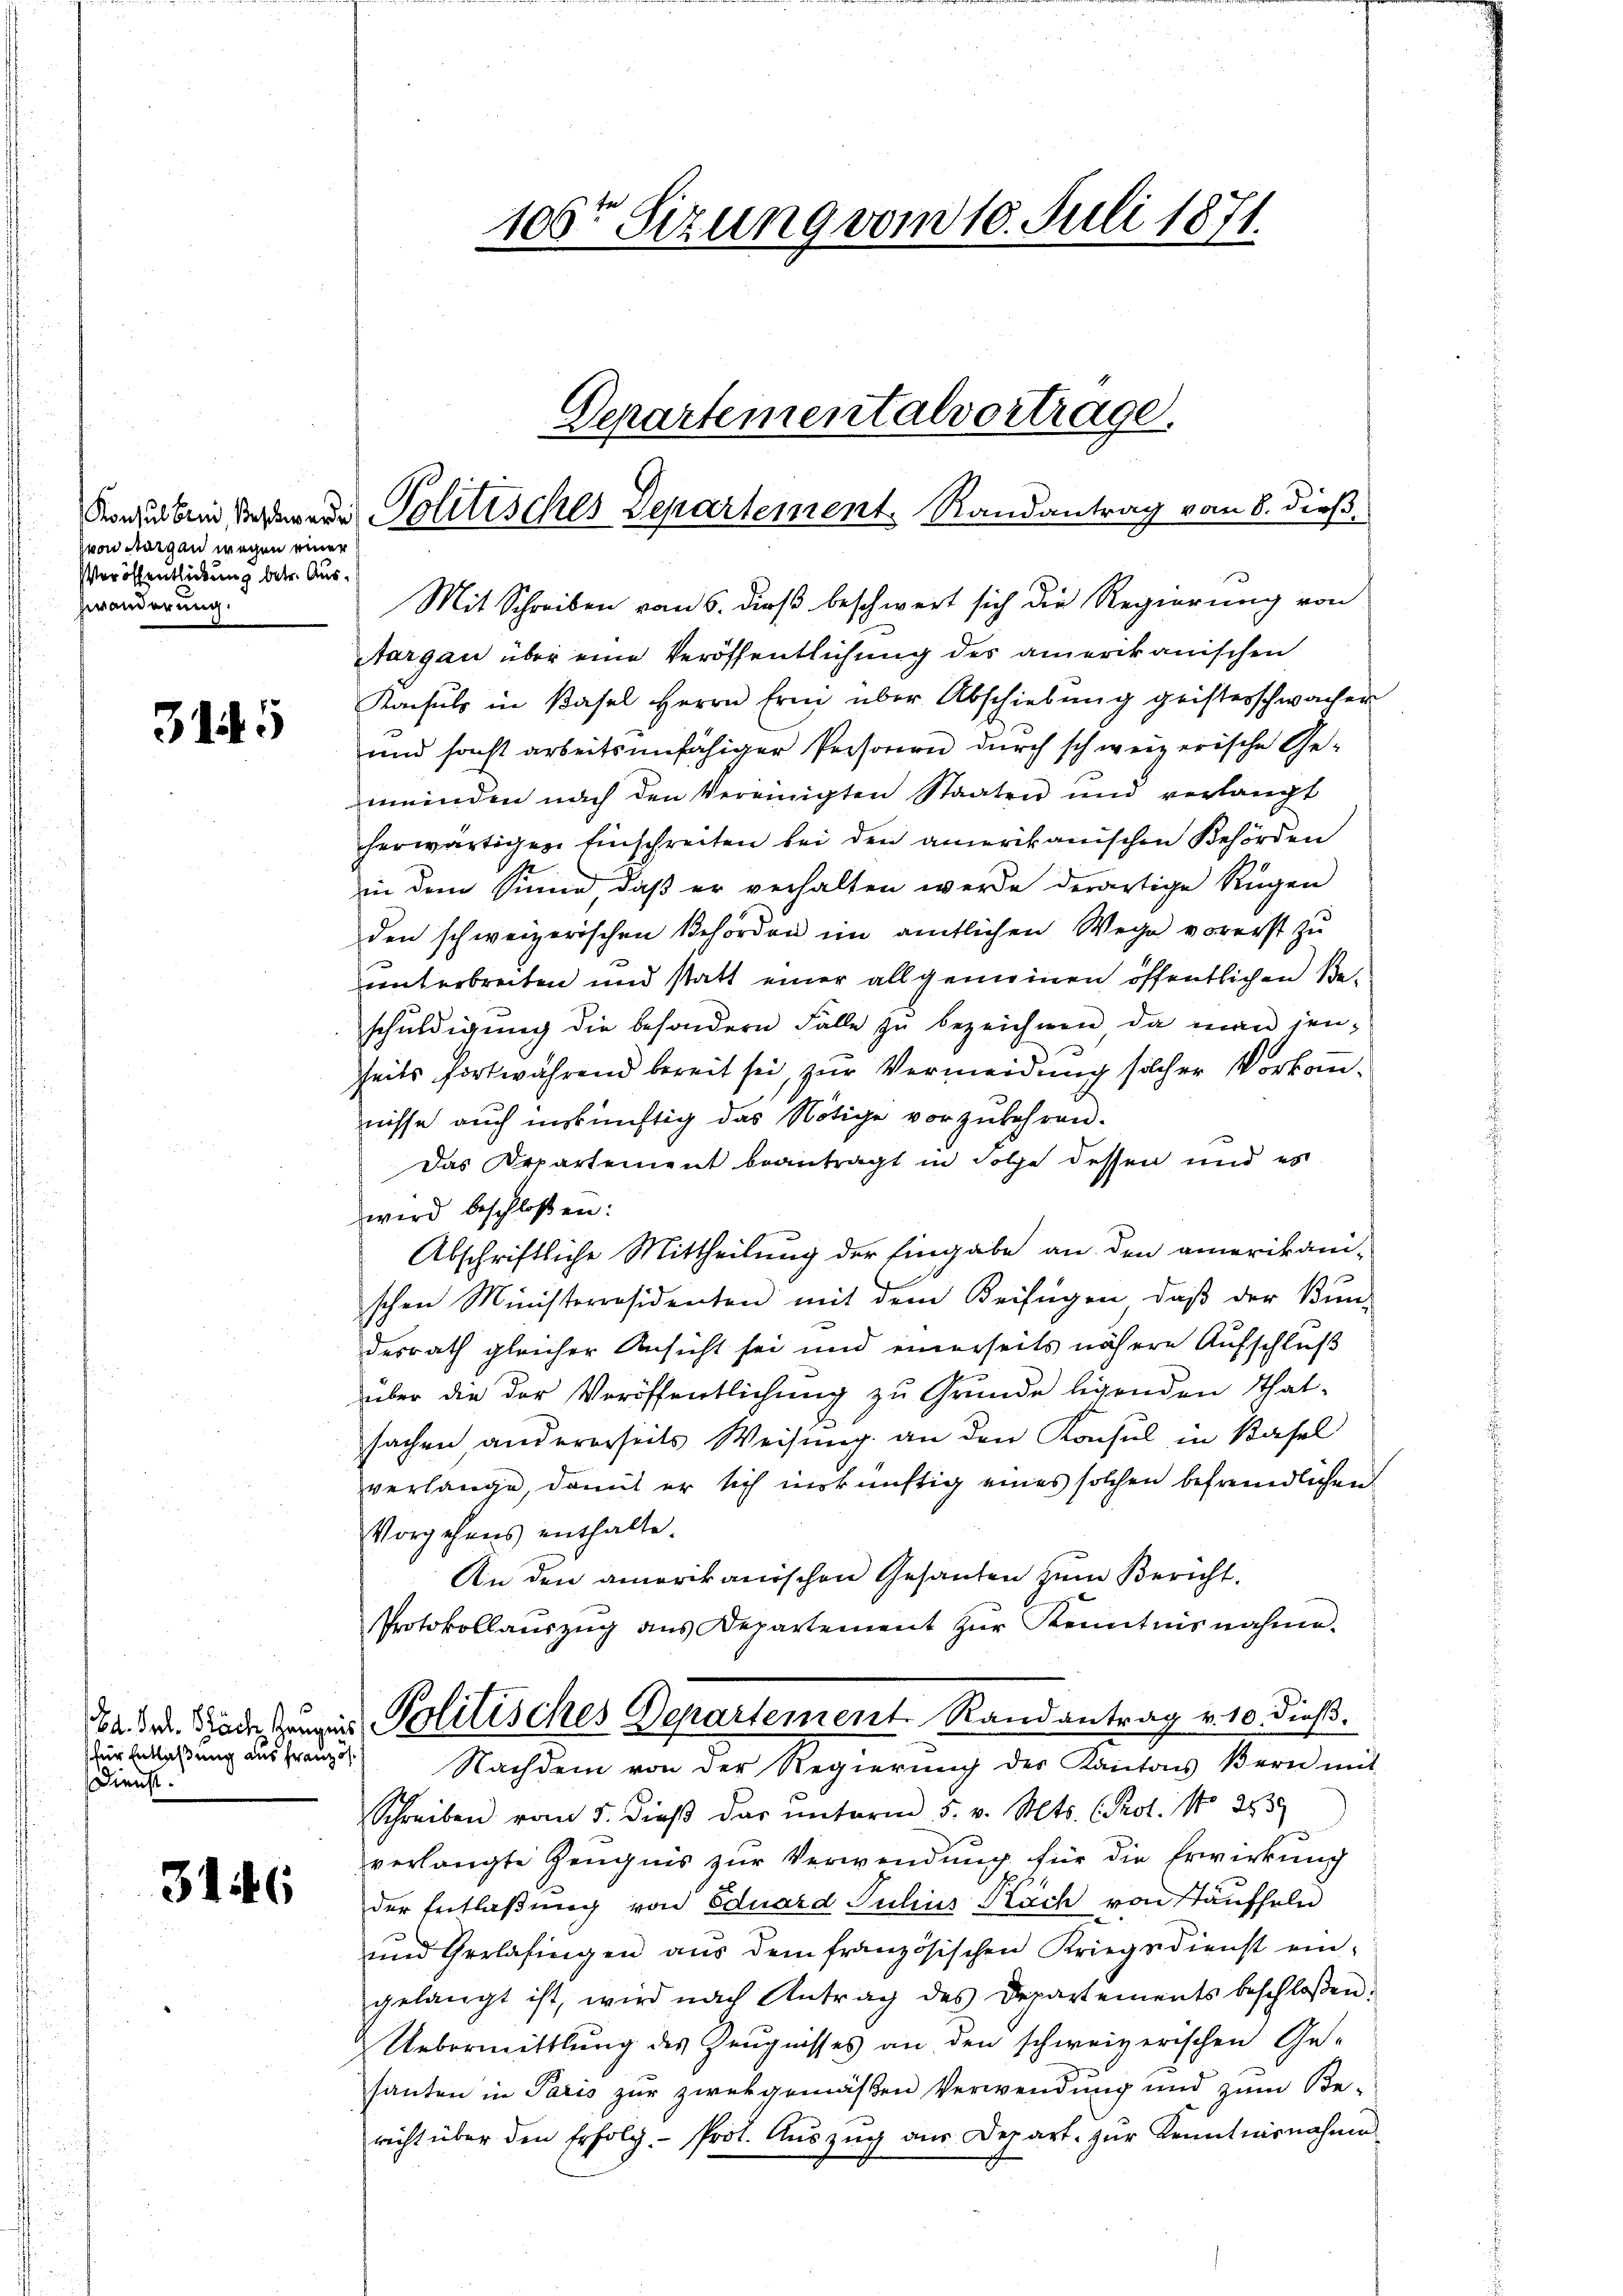
von Morgen wegen einer
Veröffentlichung betr. Aus¬
Zwänderung.

315

für Entlaßung aus Französ.
Dienst.

3146

106ten Sizung vom 10. Juli 1871.

Kaulbein derswere Politisches Departement Randantrag vom 8. dieß

Departementalvortrage.

Mit Schreiben vom 6. dieß beschwert sich die Regierung von
Sargau über eine Veröffentlichung des amerikanischen
Konsuls in Basel Herrn Erni über Abschiebung geisterschwachen
und sonst arbeitsunfähiger Personen durch schweizerische Gemeinden nach den Vereinigten Staaten und verlangt
herwärtigen Einschreiten bei den amerikanischen Behörden
in dem Sinne, daß er verhalten werde derartige Rügen
den schweizerischen Behörden ein amtlichen Wege vorerst zu
unterbreiten und statt einer allgemeinen öffentlichen Be-
schuldigung die besondern Fälle zŭ bezeichnen, da man jen-
seits fortwährend bereit sei, zur Vermeidung solcher Vorkomnisse auch inskünftig das Nötige vorzukehren.
Das Departement beantragt in Folge dessen und es
wird beschloßen:
Abschriftliche Mittheilung der Eingabe an den amerikani-
schen Ministerresidenten mit dem Beifügen, daβ der Bun-
desrath gleicher Ansicht sei und einerseits nähere Aufschluß
über die der Veröffentlichung zu Grunde ligenden Thatsachen, andererseits Weisung an den Konsul in Basel
verlange, damit er sich inskünftig eines solchen befremdlichen
Vorgehens enthalte.
An den amerikanischen Gesanten zum Bericht.
Protokollaŭszŭg aŭs Departement zŭr Kenntnisnahme.
22. d. Rede zur Politisches Departement Randantrag v. 10. dieß.
Nachdem von der Regierung des Kantons Bern mit
Schreiben vom 5. dieβ das ŭnterm 5. v. Mts. (Prot. No 2939
verlangte Zeugnis zur Verwendung für die Erwirkung
der Entlaßung von Eduard Julius Käch von Stauffeln
und Gerlafingen aus dem französischen Kriegsdienst eingelangt ist, wird nach Antrag des Departements beschloßen:
Uebermittlung des Zeugnisses an den schweizerischen Ge-
hauten in Paris zur zwekgemäßen Verwendung und zum Be-
richt über den Erfolg. - Prot. Auszug aus Depart. zur Kenntnisnahme